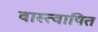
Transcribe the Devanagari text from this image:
वास्त्वायित